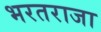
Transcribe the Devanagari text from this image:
भरतराजा